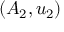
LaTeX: ( A _ { 2 } , u _ { 2 } )